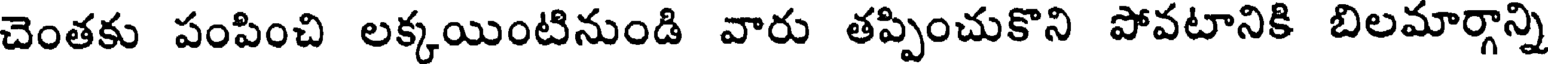
చెంతకు పంపించి లక్కయింటినుండి వారు తప్పించుకొని పోవటానికి బిలమార్గాన్ని